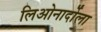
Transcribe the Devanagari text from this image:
लिओनार्दोला